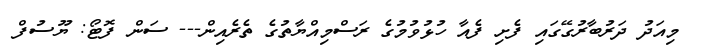
މިއަދު ދަރުބާރުގޭގައި ފެށި ފެއާ ހުޅުވުމުގެ ރަސްމިއްޔާތުގެ ތެރެއިން--- ސަން ފޮޓޯ: ޔޫސުފް